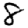
Digit: 8